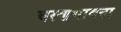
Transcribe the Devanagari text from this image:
चरणभावना